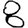
Digit: 8